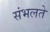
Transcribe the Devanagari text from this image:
संभलते